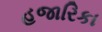
હજારિકા